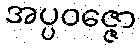
အပ္ပဝဇ္ဇော